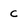
Character: c